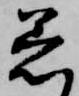
着